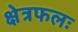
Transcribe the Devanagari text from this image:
क्षेत्रफलः